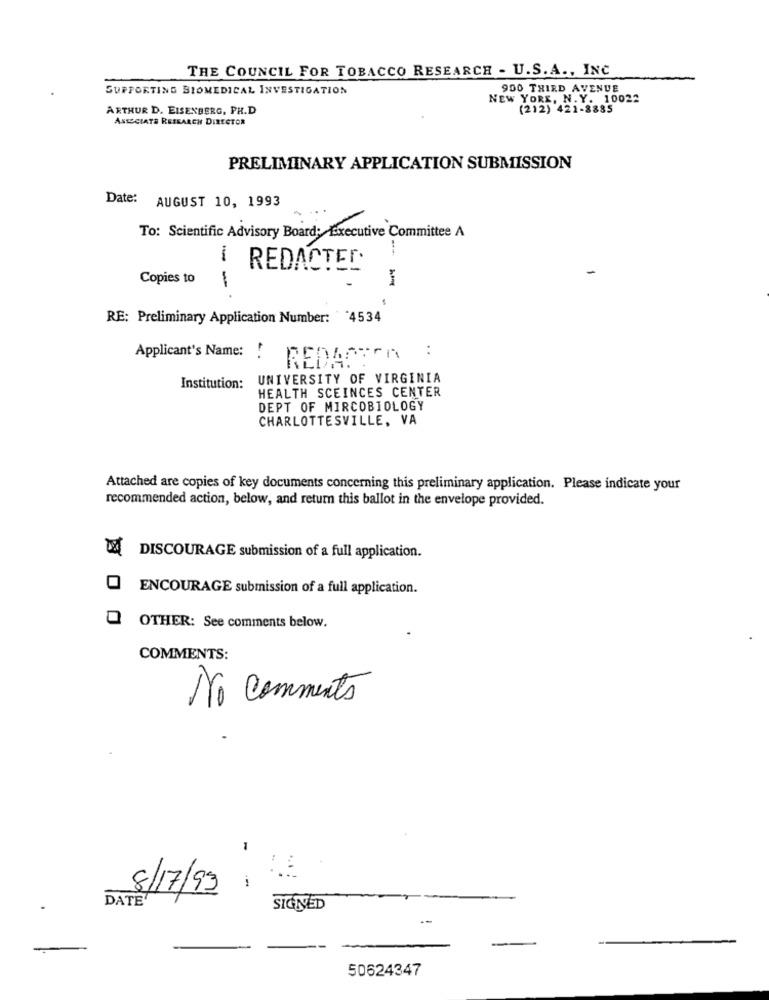
THE COUNCIL FOR TOBACCO RESEARCH - U.S.A ., INC.
SUPPORTING BIOMEDICAL INVESTIGATION
900 THIRD AVENUE
NEW YORK, N. Y. 10022
ARTHUR D. EISENBERG, PH.D
(212) 421-8885
ASSOCIATE RESEARCH DIRECTOR
PRELIMINARY APPLICATION SUBMISSION
Date: AUGUST 10, 1993
To: Scientific Advisory Board: Executive Committee A
1
REDACTED
Copies to
RE: Preliminary Application Number: 4534
Applicant's Name:
..
REDACTEA :
Institution: UNIVERSITY OF VIRGINIA
HEALTH SCEINCES CENTER
DEPT OF MIRCOBIOLOGY
CHARLOTTESVILLE, VA
Attached are copies of key documents concerning this preliminary application. Please indicate your
recommended action, below, and return this ballot in the envelope provided.
DISCOURAGE submission of a full application.
ENCOURAGE submission of a full application.
Q OTHER: See comments below.
COMMENTS:
No comments
i
8/17/99
DATE
SIGNED
--
50624347